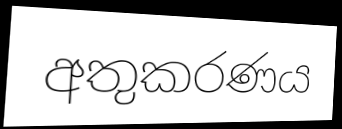
අතුකරණය